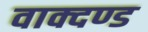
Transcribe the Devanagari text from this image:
वाक्दण्ड